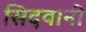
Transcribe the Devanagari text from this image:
सिदवानी